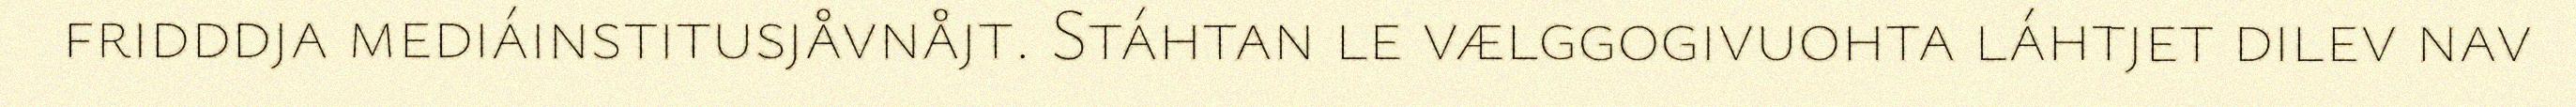
fridddja mediáinstitusjåvnåjt. Stáhtan le vælggogivuohta láhtjet dilev nav